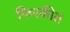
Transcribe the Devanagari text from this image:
फिरकीत